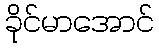
ခိုင်မာအောင်